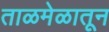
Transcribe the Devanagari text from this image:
ताळमेळातून